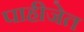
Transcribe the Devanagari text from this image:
पाहीजेत